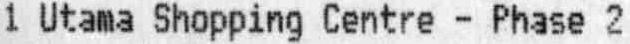
1 UTAMA SHOPPING CENTRE - PHASE 2